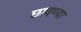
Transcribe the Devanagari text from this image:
छावण्‍या